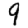
Digit: 9